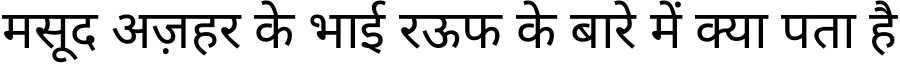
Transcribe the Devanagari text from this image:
मसूद अज़हर के भाई रऊफ के बारे में क्या पता है